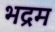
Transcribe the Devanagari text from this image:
भद्रम